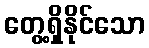
တွေ့ရှိနိုင်သော